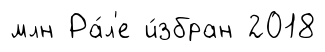
млн Ра́л'е и́збран 2018